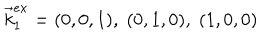
LaTeX: \vec { k } _ { 1 } ^ { e x } = ( 0 , 0 , 1 ) , \; ( 0 , 1 , 0 ) , \; ( 1 , 0 , 0 )